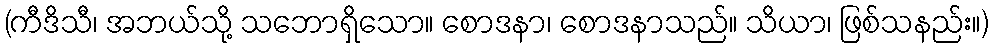
(ကီဒိသီ၊ အဘယ်သို့ သဘောရှိသော။ စောဒနာ၊ စောဒနာသည်။ သိယာ၊ ဖြစ်သနည်း။)